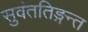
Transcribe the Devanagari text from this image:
सुवंततिङ्गन्त